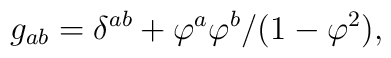
g_{ab}= \delta ^{ab}+\varphi^a\varphi^b/(1-\varphi^2) ,